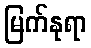
မြက်နုရာ